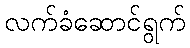
လက်ခံဆောင်ရွက်